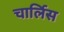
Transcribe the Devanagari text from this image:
चार्लिस